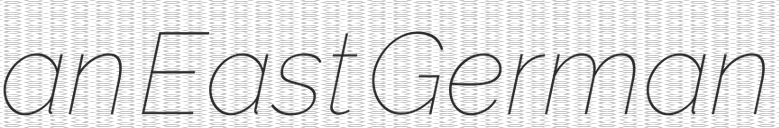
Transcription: an East German